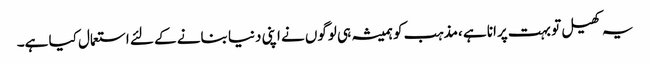
یہ کھیل تو بہت پرانا ہے ،مذہب کو ہمیشہ ہی لوگوں نے اپنی دنیا بنانے کے لئے استعمال کیا ہے۔